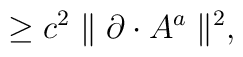
\geq c^{2}\parallel\partial\cdot A^{a}\parallel^{2},